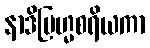
နာဒိဗြဟ္မစရိယကာ